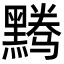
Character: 𬹘